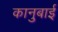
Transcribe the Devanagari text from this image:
कानुबाई